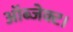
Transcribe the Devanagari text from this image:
ऑब्जेक्ट।